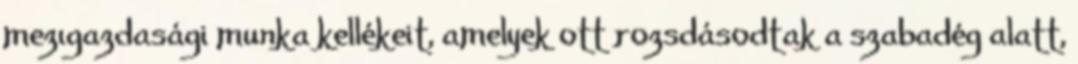
mezıgazdasági munka kellékeit, amelyek ott rozsdásodtak a szabadég alatt,